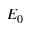
E _ { 0 }